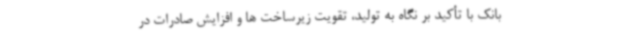
بانک با تأکید بر نگاه به تولید، تقویت زیرساخت ها و افزایش صادرات در